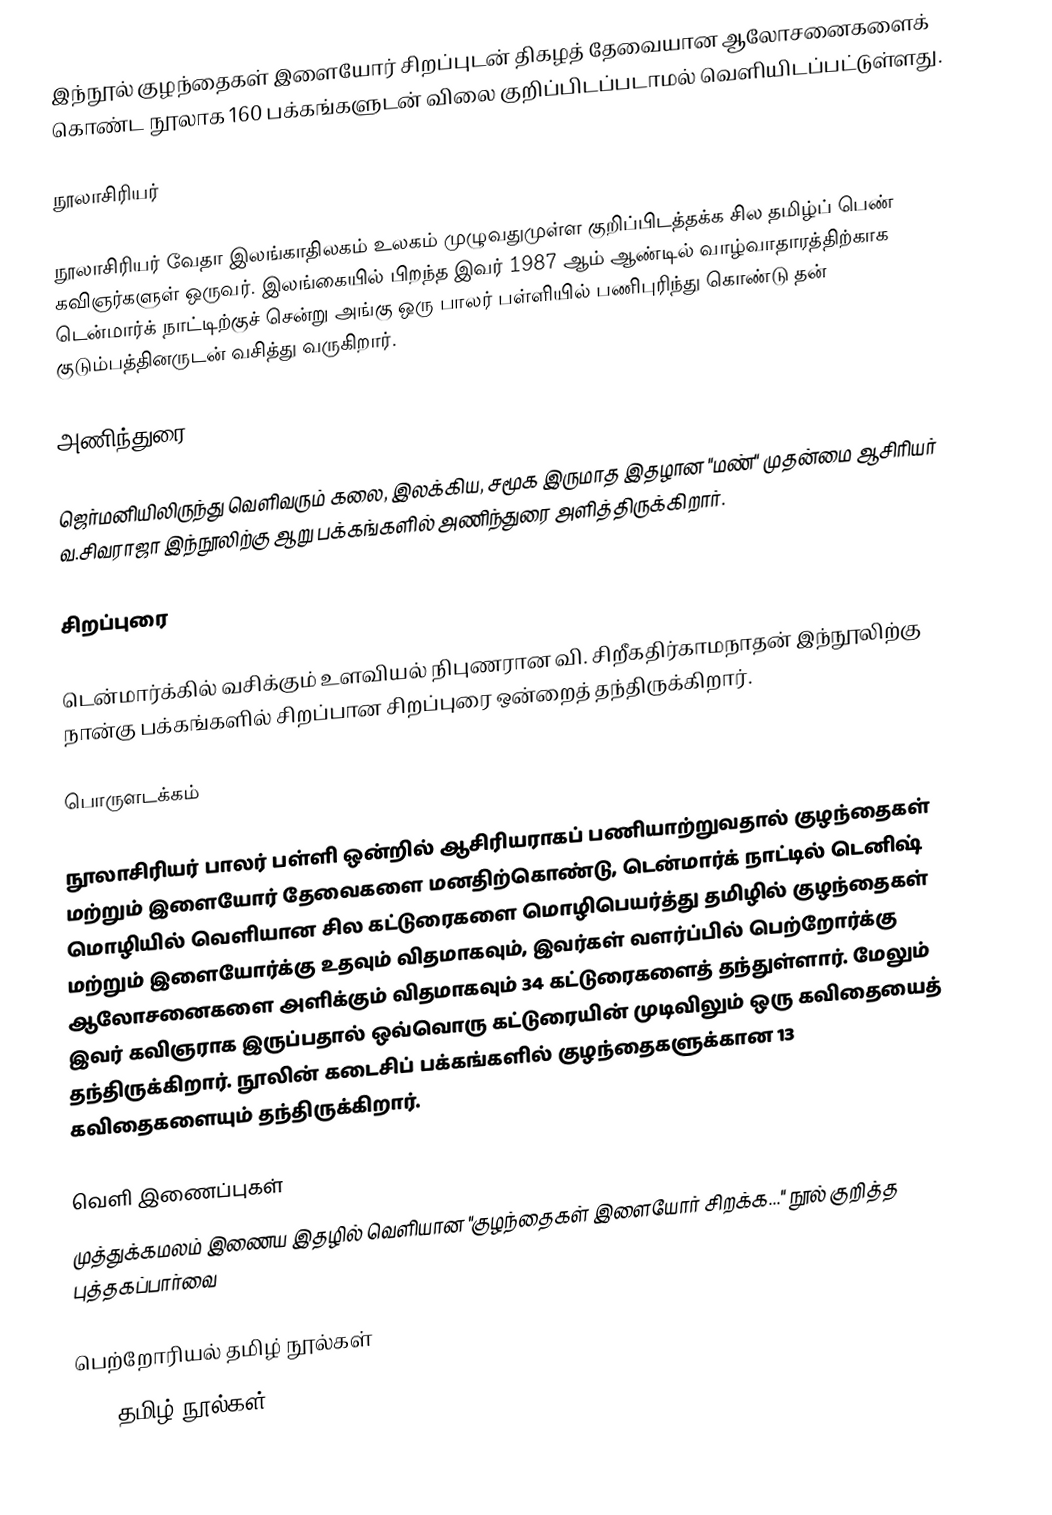
இந்நூல் குழந்தைகள் இளையோர் சிறப்புடன் திகழத் தேவையான ஆலோசனைகளைக் கொண்ட நூலாக 160 பக்கங்களுடன் விலை குறிப்பிடப்படாமல் வெளியிடப்பட்டுள்ளது.

நூலாசிரியர்

நூலாசிரியர்  வேதா இலங்காதிலகம் உலகம் முழுவதுமுள்ள குறிப்பிடத்தக்க சில தமிழ்ப் பெண் கவிஞர்களுள் ஒருவர். இலங்கையில் பிறந்த இவர் 1987 ஆம் ஆண்டில் வாழ்வாதாரத்திற்காக டென்மார்க் நாட்டிற்குச் சென்று அங்கு ஒரு பாலர் பள்ளியில் பணிபுரிந்து கொண்டு தன் குடும்பத்தினருடன் வசித்து வருகிறார்.

அணிந்துரை

ஜெர்மனியிலிருந்து வெளிவரும் கலை, இலக்கிய, சமூக இருமாத இதழான "மண்" முதன்மை ஆசிரியர் வ.சிவராஜா இந்நூலிற்கு ஆறு பக்கங்களில் அணிந்துரை அளித்திருக்கிறார்.

சிறப்புரை

டென்மார்க்கில் வசிக்கும் உளவியல் நிபுணரான வி. சிறீகதிர்காமநாதன் இந்நூலிற்கு நான்கு பக்கங்களில் சிறப்பான சிறப்புரை ஒன்றைத் தந்திருக்கிறார்.

பொருளடக்கம்

நூலாசிரியர் பாலர் பள்ளி ஒன்றில் ஆசிரியராகப் பணியாற்றுவதால் குழந்தைகள் மற்றும் இளையோர் தேவைகளை மனதிற்கொண்டு, டென்மார்க் நாட்டில் டெனிஷ் மொழியில் வெளியான சில கட்டுரைகளை மொழிபெயர்த்து தமிழில் குழந்தைகள் மற்றும் இளையோர்க்கு உதவும் விதமாகவும், இவர்கள் வளர்ப்பில் பெற்றோர்க்கு ஆலோசனைகளை அளிக்கும் விதமாகவும் 34 கட்டுரைகளைத் தந்துள்ளார். மேலும் இவர் கவிஞராக இருப்பதால் ஒவ்வொரு கட்டுரையின் முடிவிலும் ஒரு கவிதையைத் தந்திருக்கிறார். நூலின் கடைசிப் பக்கங்களில் குழந்தைகளுக்கான 13 கவிதைகளையும் தந்திருக்கிறார்.

வெளி இணைப்புகள்
முத்துக்கமலம் இணைய இதழில் வெளியான "குழந்தைகள் இளையோர் சிறக்க..." நூல் குறித்த புத்தகப்பார்வை

பெற்றோரியல் தமிழ் நூல்கள்
2004 தமிழ் நூல்கள்